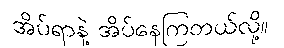
အိပ်ရာနဲ့ အိပ်နေကြတယ်လို့။